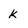
Character: k